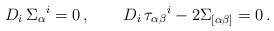
\begin{align*} D_i\,\Sigma_\alpha{}^i=0\,,\qquad D_i\,\tau_{\alpha\beta}{}^i- 2 \Sigma_{[\alpha\beta]}=0\,.\end{align*}